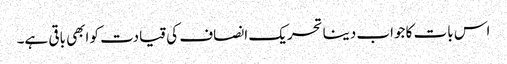
اس بات کا جواب دینا تحریک انصاف کی قیادت کو ابھی باقی ہے۔